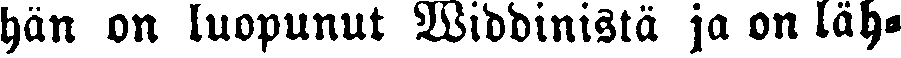
hän on luopunut Widdinistä ja on läh-